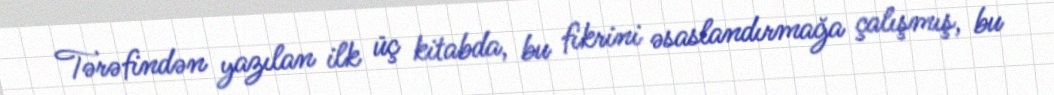
Tərəfindən yazılan ilk üç kitabda, bu fikrini əsaslandırmağa çalışmış, bu